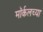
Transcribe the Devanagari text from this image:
मॉर्कलच्या